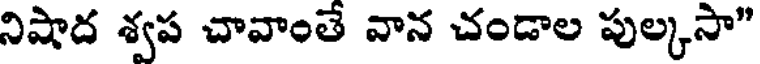
నిషాద శ్వప చావాంతే వాన చండాల పుల్కసా"